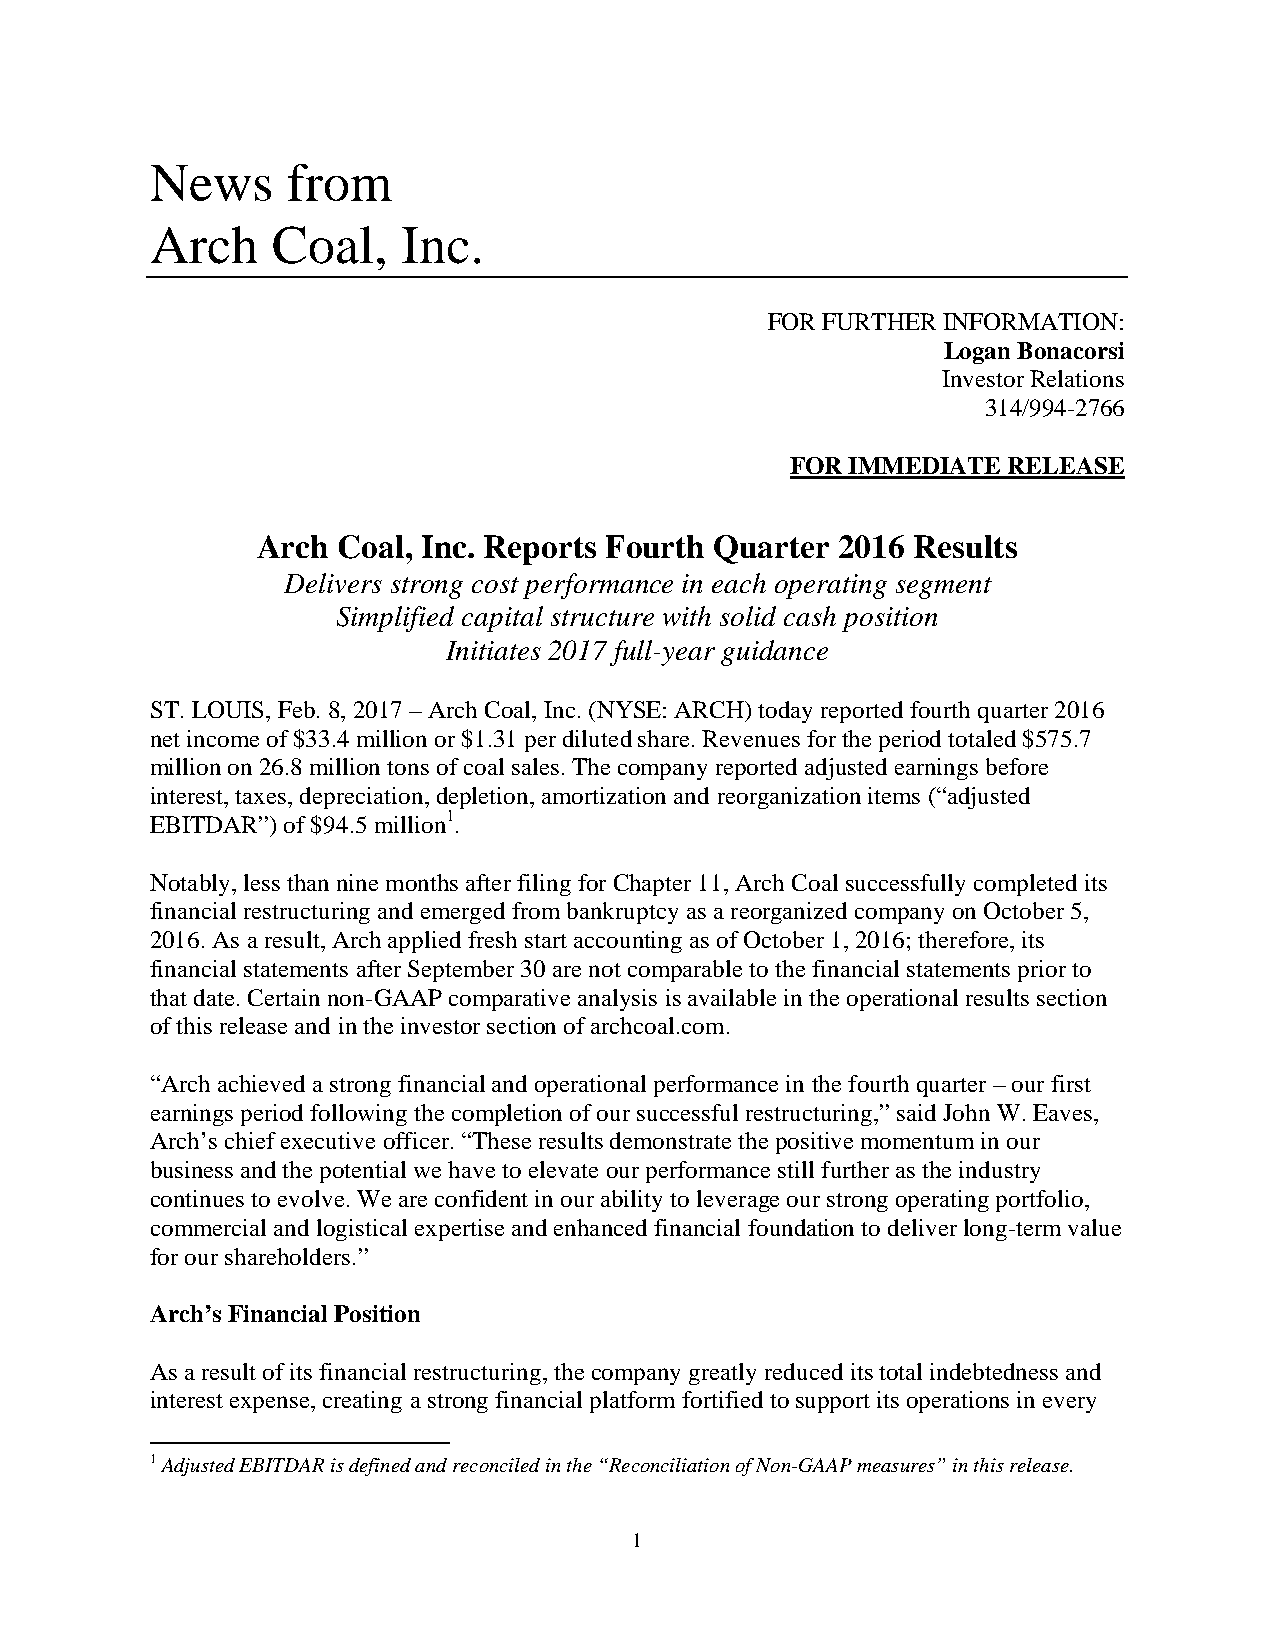
News     from
 Arch    Coal,    Inc.
 FOR FURTHER INFORMATION:
 Logan Bonacorsi
 Investor Relations
 314/994-2766
 FOR IMMEDIATE  RELEASE
 Arch Coal, Inc. Reports Fourth Quarter 2016 Results
 Delivers strong cost performance in each operating segment
 Simplified capital structure with solid cash position
 Initiates 2017 full-year guidance
 ST. LOUIS, Feb. 8, 2017 – Arch Coal, Inc. (NYSE: ARCH) today reported fourth quarter 2016
 net income of $33.4 million or $1.31 per diluted share. Revenues for the period totaled $575.7
 million on 26.8 million tons of coal sales. The company reported adjusted earnings before
 interest, taxes, depreciation, depletion, amortization and reorganization items (“adjusted
 EBITDAR”) of $94.5 million1.
 Notably, less than nine months after filing for Chapter 11, Arch Coal successfully completed its
 financial restructuring and emerged from bankruptcy as a reorganized company on October 5,
 2016. As a result, Arch applied fresh start accounting as of October 1, 2016; therefore, its
 financial statements after September 30 are not comparable to the financial statements prior to
 that date. Certain non-GAAP comparative analysis is available in the operational results section
 of this release and in the investor section of archcoal.com.
 “Arch achieved a strong financial and operational performance in the fourth quarter – our first
 earnings period following the completion of our successful restructuring,” said John W. Eaves,
 Arch’s chief executive officer. “These results demonstrate the positive momentum in our
 business and the potential we have to elevate our performance still further as the industry
 continues to evolve. We are confident in our ability to leverage our strong operating portfolio,
 commercial and logistical expertise and enhanced financial foundation to deliver long-term value
 for our shareholders.”
 Arch’s Financial Position
 As a result of its financial restructuring, the company greatly reduced its total indebtedness and
 interest expense, creating a strong financial platform fortified to support its operations in every
 1 Adjusted EBITDAR is defined and reconciled in the “Reconciliation of Non-GAAP measures” in this release.
 1